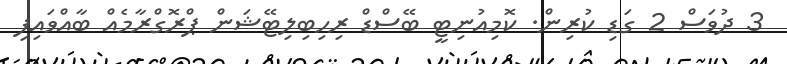
3 ދުވަސް 2 ގަޑި ކުރިން. ކޮމިއުނިޓީ ބޭސްޑް ރިހިބިލިޓޭޝަން ޕްރޮގްރާމެއް ބާއްވައިފި